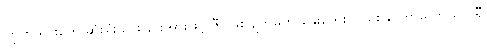
ကြွက်သားတွေ ဆုံးရှုံးသွားခြင်းအားဖြင့် ဇီဝဖြစ်ပျက်မှုကို နှေးကွေးလာစေနိုင်တာမို့ ကယ်လိုရီ